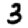
Digit: 3